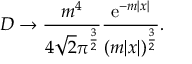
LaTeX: { \cal D } \to \frac { m ^ { 4 } } { 4 \sqrt { 2 } \pi ^ { \frac 3 2 } } \frac { \mathrm { e } ^ { - m | x | } } { ( m | x | ) ^ { \frac 3 2 } } .